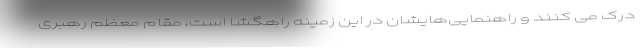
درک می کنند و راهنمایی‌هایشان در این زمینه راهگشا است، مقام معظم رهبری